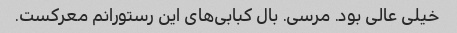
خیلی عالی بود. مرسی. بال کبابی‌های این رستورانم معرکست.